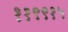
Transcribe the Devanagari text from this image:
११९९१५